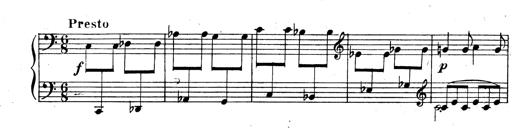
Title: 3 Sonatinas for Piano
Composer: Vissarion Shebalin